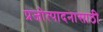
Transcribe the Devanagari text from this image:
प्रजोत्पादनासाठी